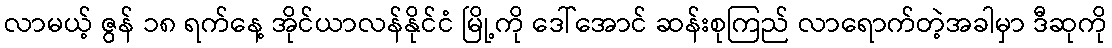
လာမယ့် ဇွန် ၁၈ ရက်နေ့ အိုင်ယာလန်နိုင်ငံ မြို့ကို ဒေါ်အောင် ဆန်းစုကြည် လာရောက်တဲ့အခါမှာ ဒီဆုကို